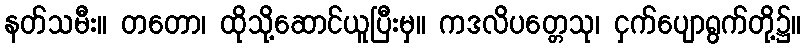
နတ်သမီး။ တတော၊ ထိုသို့ဆောင်ယူပြီးမှ။ ကဒလိပတ္တေသု၊ ငှက်ပျောရွက်တို့၌။